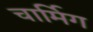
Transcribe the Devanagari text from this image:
चार्मिग